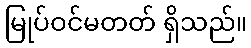
မြုပ်ဝင်မတတ် ရှိသည်။